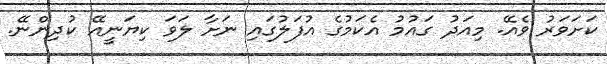
ކަށަވަރު ވެއޭ. މިއަދު ގައުމު އެކަމުގެ އުފަލުގައި ނަށާ ލަވަ ކިޔަނީއޭ ކުދިންނޭ.